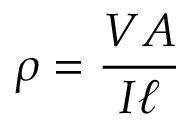
\rho = { \frac { V A } { I \ell } }